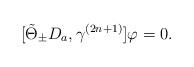
LaTeX: \begin{align*}[\tilde{\Theta}_\pm D_a,\gamma^{(2n+1)}]\varphi=0.\end{align*}